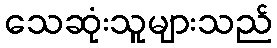
သေဆုံးသူများသည်